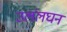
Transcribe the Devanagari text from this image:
उलंलघन